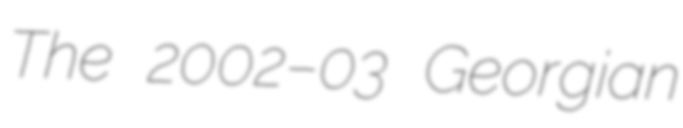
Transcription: The 2002–03 Georgian